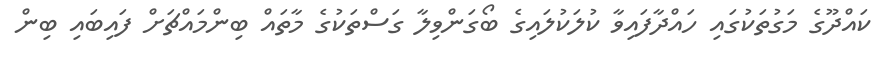
ކައްދޫގެ މަގުތަކުގައި ހައްދާފައިވާ ކުލަކުލައިގެ ބޯގަންވިލާ ގަސްތަކުގެ މާތައް ބިންމައްޗަށް ފައިބައި ބިން